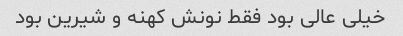
خیلی عالی بود فقط نونش کهنه و شیرین بود